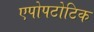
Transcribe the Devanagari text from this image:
एपोपटोटिक